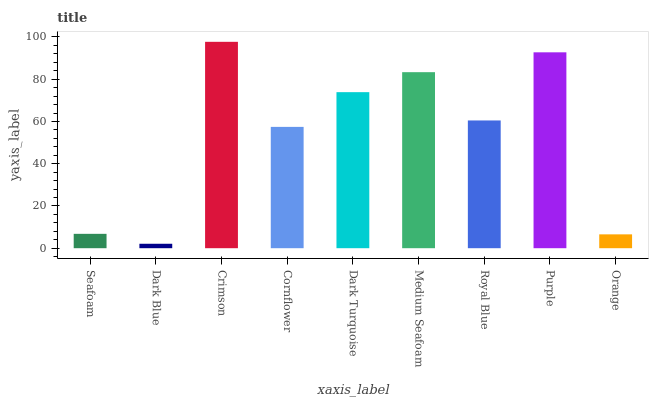
| xaxis_label | bars |
 | --- | --- |
 | Seafoam | 6.8 |
 | Dark Blue | 2.1 |
 | Crimson | 97.7 |
 | Cornflower | 57.4 |
 | Dark Turquoise | 73.9 |
 | Medium Seafoam | 83.3 |
 | Royal Blue | 60.5 |
 | Purple | 92.7 |
 | Orange | 6.56 |